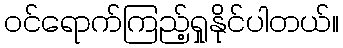
ဝင်ရောက်ကြည့်ရှုနိုင်ပါတယ်။